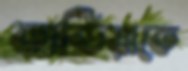
কার্ডিয়াকে